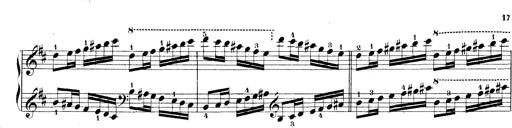
Title: Technische Studien
Composer: Franz Liszt